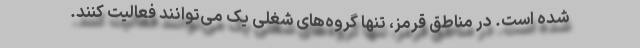
شده است. در مناطق قرمز، تنها گروه‌های شغلی یک می‌توانند فعالیت کنند.